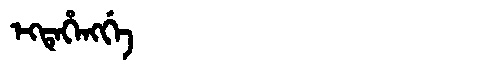
Manchu: ᡝᡴᡨᡝᡥᡝᠩᡤᡝ
Romanization: EKTEHENGGE